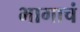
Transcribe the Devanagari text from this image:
भागाचं